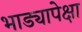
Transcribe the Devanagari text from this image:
भाड्यापेक्षा